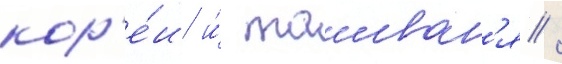
кор'е́и и́ таиван'я /